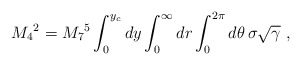
\begin{align*}M_4{}^2 = M_7{}^5 \int_0^{y_c} dy \int_0^\infty dr \int_0^{2\pi} d\theta \, \sigma \sqrt{\gamma} ~,\end{align*}